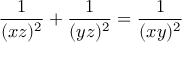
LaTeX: { \frac { 1 } { ( x z ) ^ { 2 } } } + { \frac { 1 } { ( y z ) ^ { 2 } } } = { \frac { 1 } { ( x y ) ^ { 2 } } }